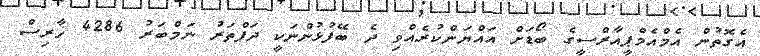
އެގޮތުން އެމްއެމްޕީއާރްސީގެ ބޯޑަށް އައްޔަންކުރެއްވި ދެ ބޭފުޅުންނަކީ ދަފްތަރު ނަމްބަރު 4286 ހާރިސް